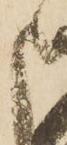
申